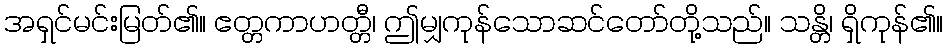
အရှင်မင်းမြတ်၏။ ဧတ္တကာဟတ္တီ၊ ဤမျှကုန်သောဆင်တော်တို့သည်။ သန္တိ၊ ရှိကုန်၏။